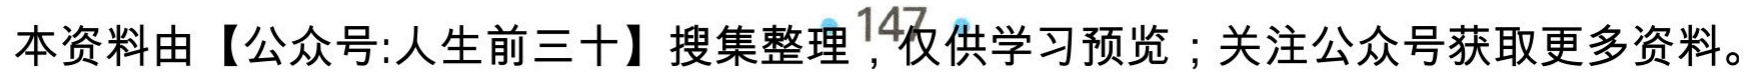
本资料由【公众号:人生前三十】搜集整理，仅供学习预览；关注公众号获取更多资料。